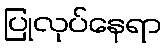
ပြုလုပ်နေရာ